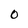
Character: O